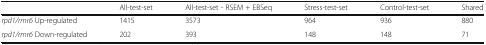
<table><thead><tr><td></td><td><b>All-test-set</b></td><td><b>All-test-set - RSEM + EBSeq</b></td><td><b>Stress-test-set</b></td><td><b>Control-test-set</b></td><td><b>Shared</b></td></tr></thead><tbody><tr><td><i>rpd1/rmr6</i> Up-regulated</td><td>1415</td><td>3573</td><td>964</td><td>936</td><td>880</td></tr><tr><td><i>rpd1/rmr6</i> Down-regulated</td><td>202</td><td>393</td><td>148</td><td>148</td><td>71</td></tr></tbody></table>